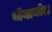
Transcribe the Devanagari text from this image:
बीनामोल